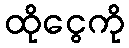
ထိုငွေကို